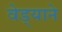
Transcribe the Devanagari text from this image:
वेड्याने